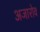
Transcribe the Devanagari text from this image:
अजारोव